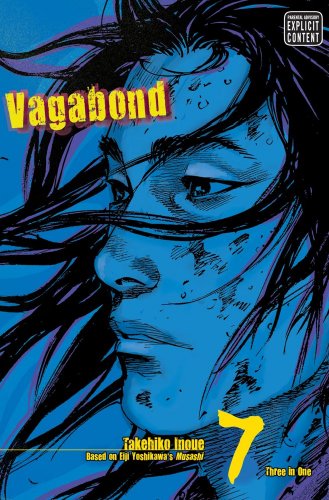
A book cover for Vagabond, Vol. 7 (VIZBIG Edition); Takehiko Inoue; Comics & Graphic Novels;